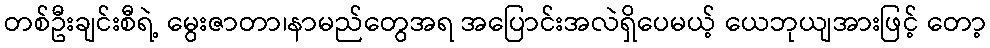
တစ်ဦးချင်းစီရဲ့ မွေးဇာတာ၊နာမည်တွေအရ အပြောင်းအလဲရှိပေမယ့် ယေဘုယျအားဖြင့် တော့